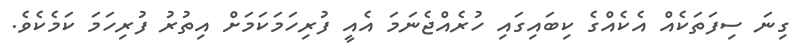
ގިނަ ސިފަތަކެއް އެކެއްގެ ކިބައިގައި ހުރެއްޖެނަމަ އެއީ ފުރިހަމަކަމަށް އިތުރު ފުރިހަމަ ކަމެކެވެ.